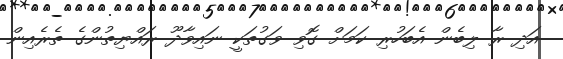
އަދި ރާ ލިބެން އެބަހުރި ކަމަށް ގޮވި ވަގުތަކީ ނައިވާދޫ ރައްޔިތުންގެ ތެރެއިން